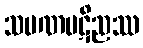
သမဏပဋိညဿ